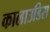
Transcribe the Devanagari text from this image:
कालाउडिस